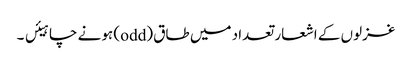
غزلوں کے اشعار تعداد میں طاق (odd) ہونے چاہیئں ۔